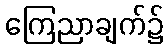
ကြေညာချက်၌